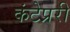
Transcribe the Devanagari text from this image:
कंटेप्ररी